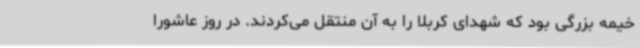
خیمه بزرگی بود که شهدای کربلا را به آن منتقل می‌کردند. در روز عاشورا